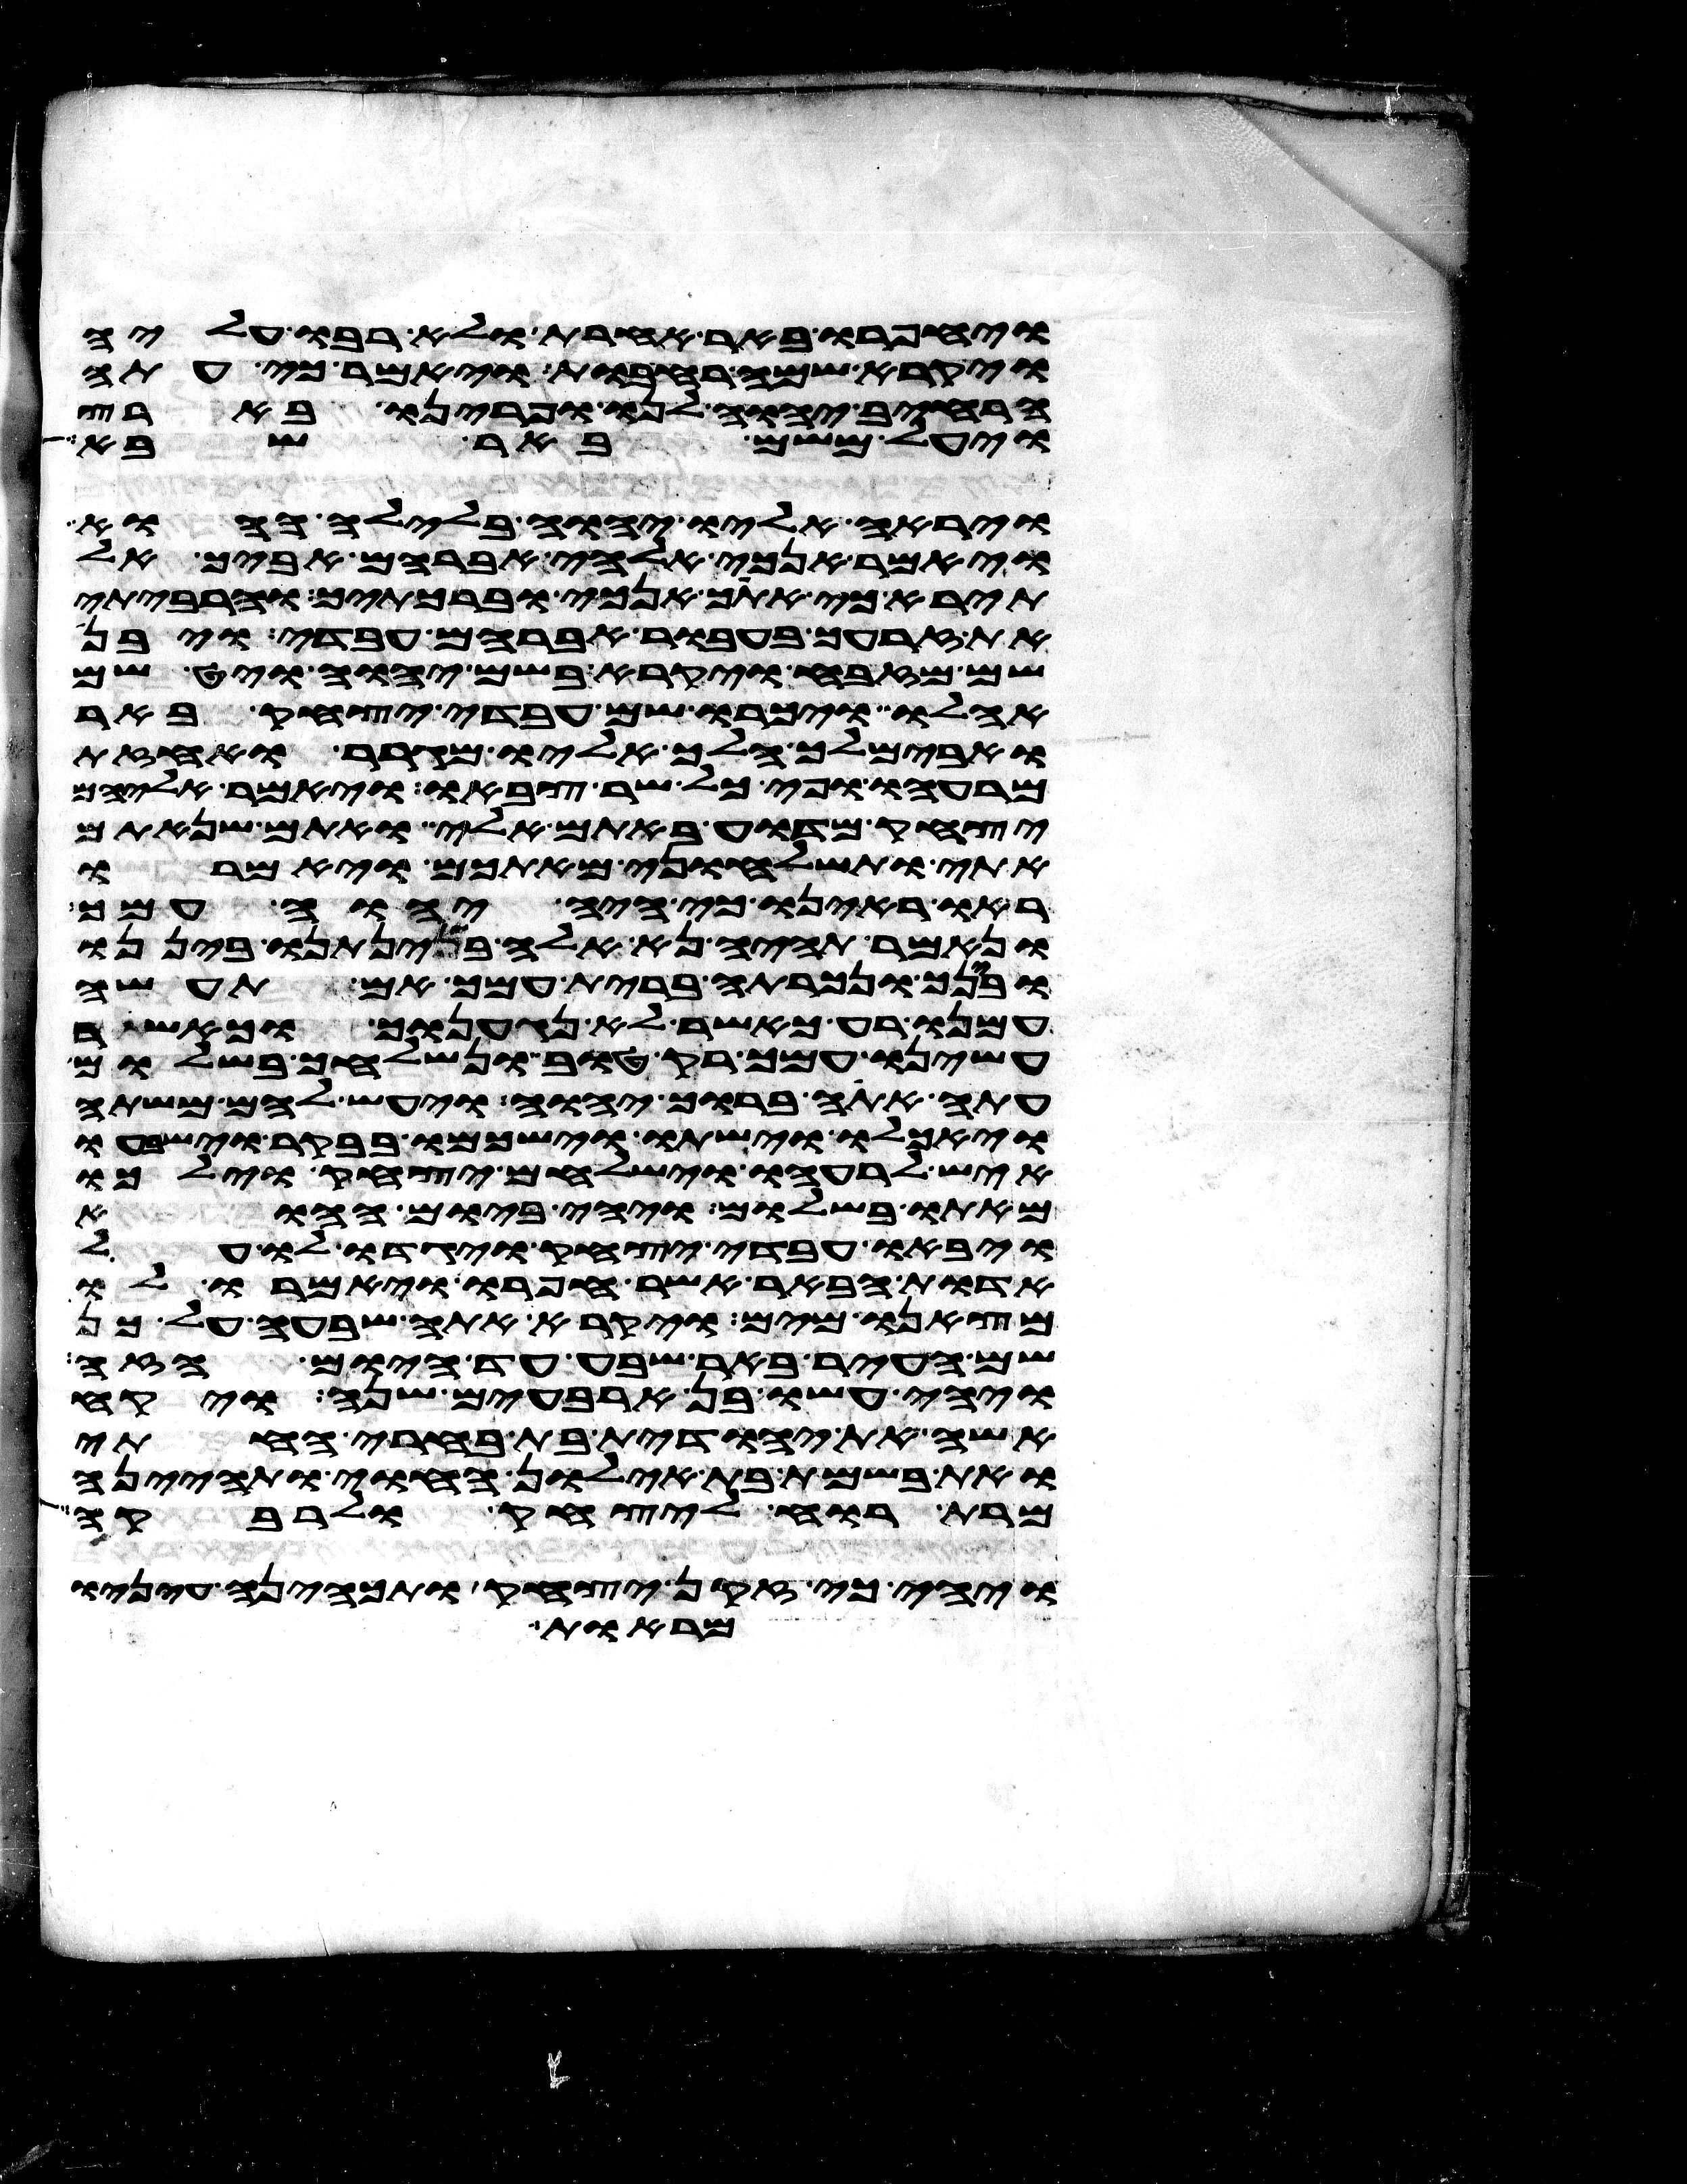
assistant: ויחפרו באר אחרת ולא רבו עליה
ויקרא שמה רחבות ויאמר כי עתה
הרחיב יהוה לנו ופרינו בארץ
ויעל משם באר שבע
וירא אליו יהוה בלילה ההוא
ויאמר אנכי אלהי אברהם אביך אל
תירא כי אתך אנכי וברכתיך והרביתי
את זרעך בעבור אברהם עבדי ויבן
שם מזבח ויקרא בשם יהוה ויט שם
אהלו ויכרו שם עבדי יצחק באר
ואבימלך הלך אליו מגרר ואחזת
מרעהו ופיכל שר צבאו ויאמר אליהם
יצחק מדוע באתם אלי ואתם שנאתם
אתי ותשלחוני מאתכם ויאמרו
ראו ראינו כי היה יהוה עמך
ונאמר תהיה נא אלה בינתנו ביננו
ובינך ונכרתה ברית עמך אם תעשה
עמנו רע כאשר לא נגענוך וכאשר
עשינו עמך רק טוב ונשלחך בשלום
עתה אתה ברוך יהוה ויעש להם משתה
ויאכלו וישתו וישכמו בבקר וישבעו
איש לרעהו וישלחם יצחק וילכו
מאתו בשלום ויהי ביום ההוא
ויבאו עבדי יצחק ויגדו לו על
אדות הבאר אשר חפרו ויאמרו לו
מצאנו מים ויקרא אתה שבעה על כן
שם העיר באר שבע עד היום הזה
ויהי עשו בן ארבעים שנה ויקח
אשה את יהודית בת בארי החתי
ואת בשמת בת אילון החוי ותהיינה
מרת רוח ליצחק ולרבקה
ויהי כי זקן יצחק ותכהנה עיניו
מראות